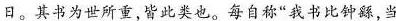
日。其书为世所重，皆此类也。每自称”我书比钟繇，当